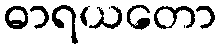
ဓာရယတော